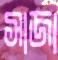
সাজা